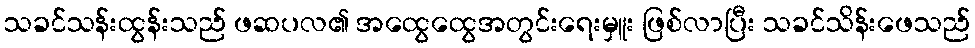
သခင်သန်းထွန်းသည် ဖဆပလ၏ အထွေထွေအတွင်းရေးမှူး ဖြစ်လာပြီး သခင်သိန်းဖေသည်